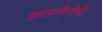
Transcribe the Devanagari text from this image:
इमारतीचीची